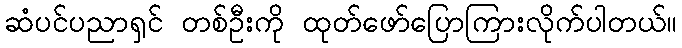
ဆံပင်ပညာရှင် တစ်ဦးကို ထုတ်ဖော်ပြောကြားလိုက်ပါတယ်။